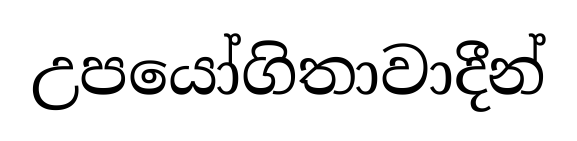
උපයෝගිතාවාදීන්